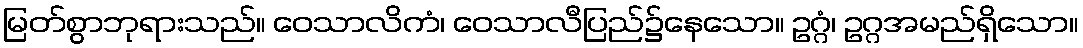
မြတ်စွာဘုရားသည်။ ဝေသာလိကံ၊ ဝေသာလီပြည်၌နေသော။ ဥဂ္ဂံ၊ ဥဂ္ဂအမည်ရှိသော။